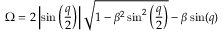
\Omega = 2 \left| \sin \left( \frac { q } { 2 } \right) \right| \sqrt { 1 - \beta ^ { 2 } \sin ^ { 2 } \left( \frac { q } { 2 } \right) } - \beta \sin ( q )